Document type: Sale
Year: 1354
Scribe: Bernat de Torre
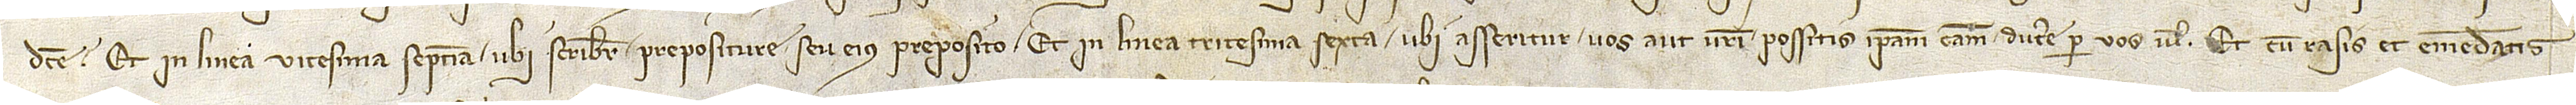
dicte”, et in linea vicesima septima, ubi scribitur “prepositure seu eius preposito”, et in linea tricesima sexta, ubi asseritur “vos aut vestri possitis ipsam causam ducere per vos vel”, et cum rasis et emendatis